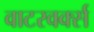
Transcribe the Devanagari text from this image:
वाटरवर्क्स